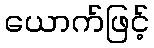
ယောက်ဖြင့်